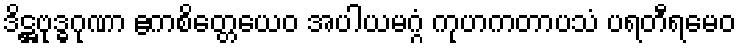
ဒိဋ္ဌဗုဒ္ဓဂုဏာ ဧကစိတ္တေယေဝ အပါယမဂ္ဂံ ကုဟကတာပသံ ပရတီရမေဝ